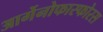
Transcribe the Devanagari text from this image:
आर्गेनोफास्फोरस